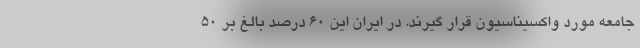
جامعه مورد واکسیناسیون قرار گیرند. در ایران این ۶۰ درصد بالغ بر ۵۰